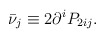
\begin{align*}\bar \nu _j\equiv 2\partial ^iP_{2ij}.\end{align*}